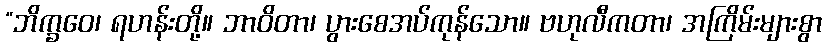
“ဘိက္ခဝေ၊ ရဟန်းတို့။ ဘာဝိတာ၊ ပွားစေအပ်ကုန်သော။ ဗဟုလီကတာ၊ အကြိမ်းများစွာ